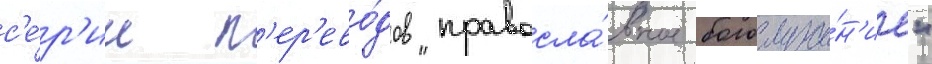
с'е́р'ии п'ер'ево́дов "правосла́вное богослуже́н'ие"